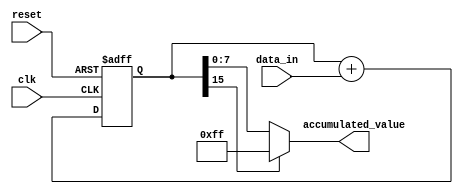
module accumulator (
  input wire clk,
  input wire reset,
  input wire [7:0] data_in,
  output wire [7:0] accumulated_value
);

reg [15:0] accumulator;

always @(posedge clk or posedge reset) begin
  if (reset) begin
    accumulator <= 0;
  end else begin
    accumulator <= accumulator + data_in;
  end
end

assign accumulated_value = (accumulator[15] == 1) ? 8'b11111111 : accumulator[7:0];

endmodule